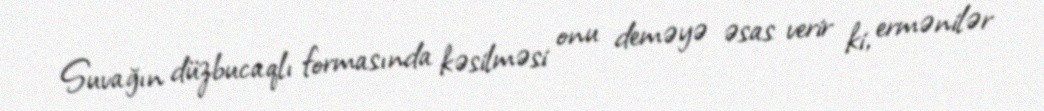
Suvağın düzbucaqlı formasında kəsilməsi onu deməyə əsas verir ki, ermənilər